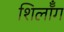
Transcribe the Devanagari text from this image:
शिलॉँग